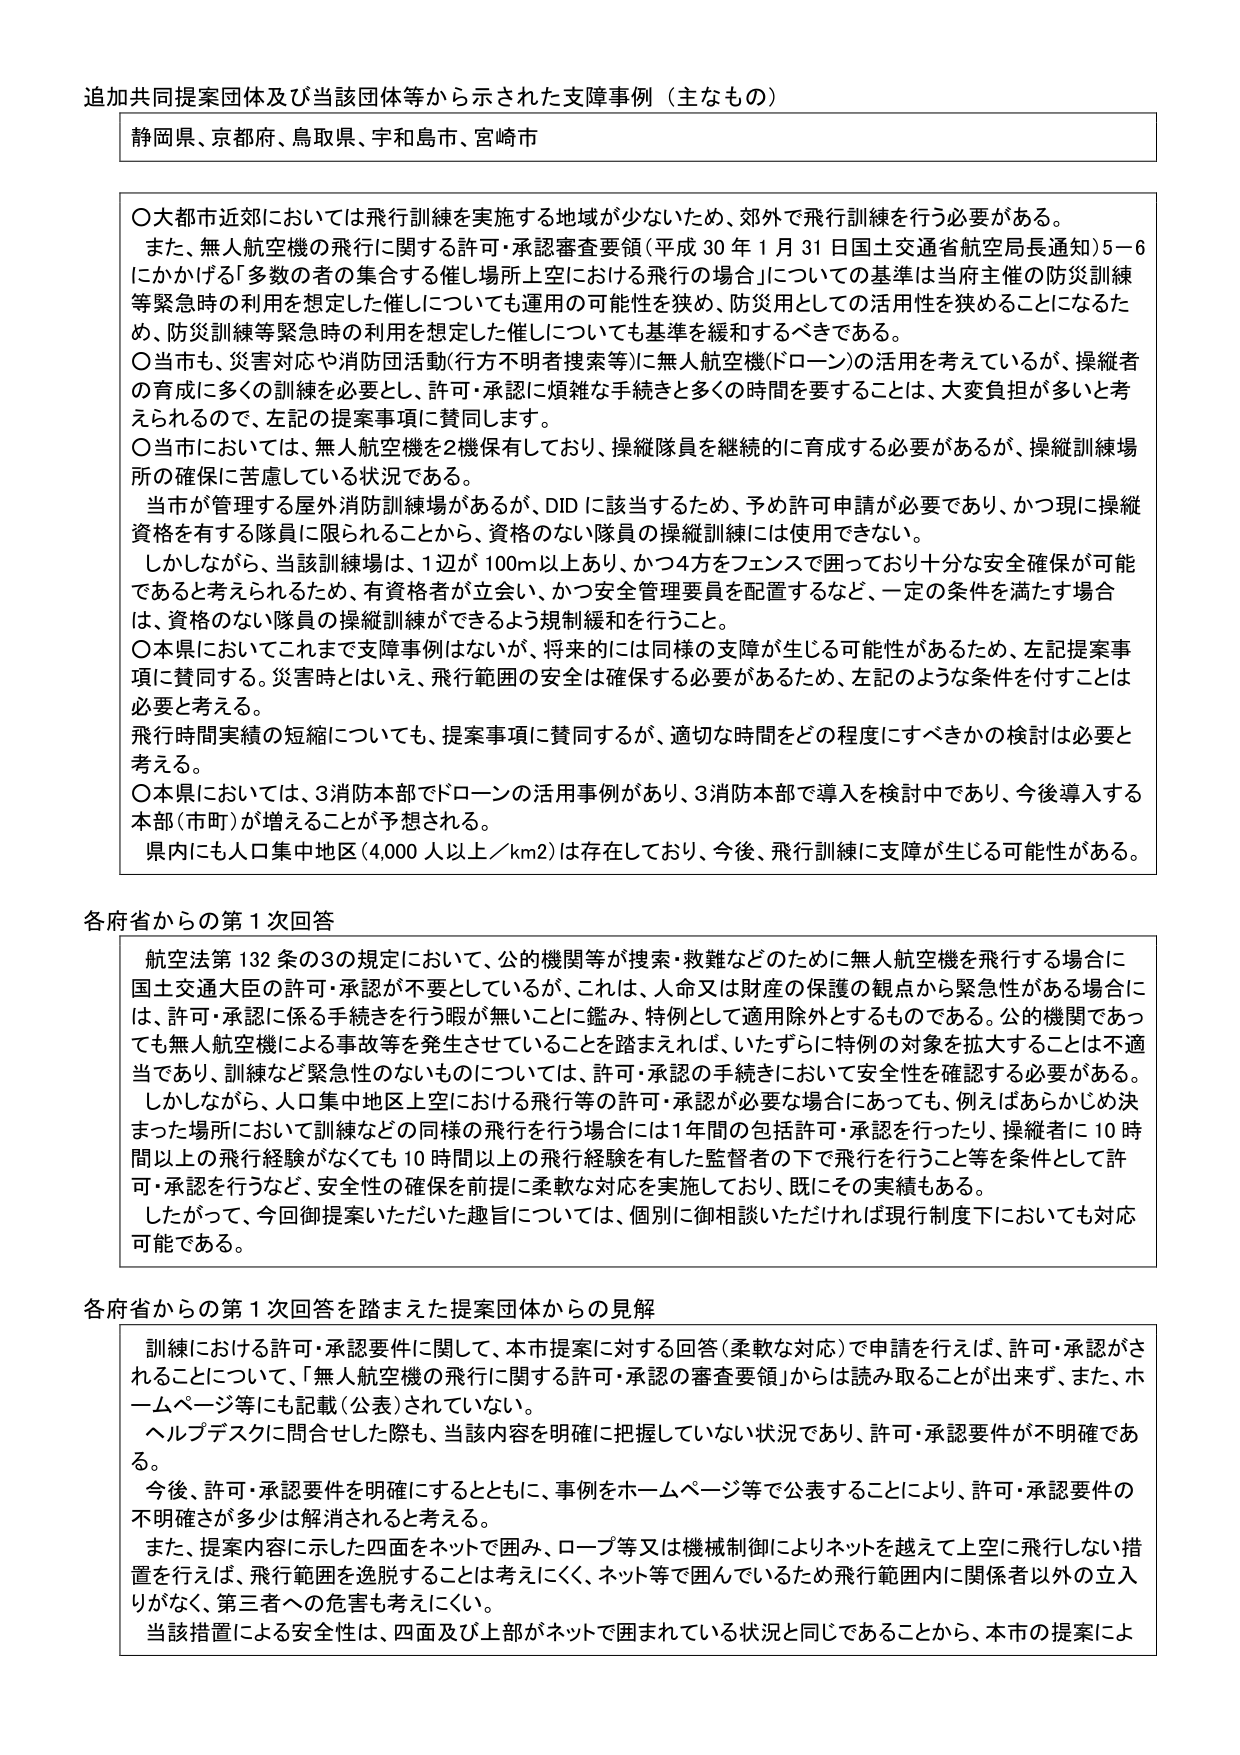
追加共同提案団体及び当該団体等から示された支障事例（主なもの）

静岡県、京都府、鳥取県、宇和島市、宮崎市

〇大都市近郊においては飛行訓練を実施する地域が少ないため、郊外で飛行訓練を行う必要がある。
また、無人航空機の飛行に関する許可・承認審査要領（平成30年1月31日国土交通省航空局長通知）5－6にかかげる「多数の者の集合する催し場所上空における飛行の場合」についての基準は当府主催の防災訓練等緊急時の利用を想定した催しについても運用の可能性を狭め、防災用としての活用性を狭めることになるため、防災訓練等緊急時の利用を想定した催しについても基準を緩和するべきである。
〇当市も、災害対応や消防団活動（行方不明者捜索等）に無人航空機（ドローン）の活用を考えているが、操縦者の育成に多くの訓練を必要とし、許可・承認に煩雑な手続きと多くの時間を要することは、大変負担が多いと考えられるので、左記の提案事項に賛同します。
〇当市においては、無人航空機を2機保有しており、操縦隊員を継続的に育成する必要があるが、操縦訓練場所の確保に苦慮している状況である。
当市が管理する屋外消防訓練場があるが、DIDに該当するため、予め許可申請が必要であり、かつ現に操縦資格を有する隊員に限られることから、資格のない隊員の操縦訓練には使用できない。
しかしながら、当該訓練場は、1辺が100m以上あり、かつ4方をフェンスで囲っており十分な安全確保が可能であると考えられるため、有資格者が立会い、かつ安全管理要員を配置するなど、一定の条件を満たす場合は、資格のない隊員の操縦訓練ができるよう規制緩和を行うこと。
〇本県においてこれまで支障事例はないが、将来的には同様の支障が生じる可能性があるため、左記提案事項に賛同する。災害時とはいえ、飛行範囲の安全は確保する必要があるため、左記のような条件を付すことは必要と考える。
飛行時間実績の短縮についても、提案事項に賛同するが、適切な時間をどの程度にすべきかの検討は必要と考える。
〇本県においては、3消防本部でドローンの活用事例があり、3消防本部で導入を検討中であり、今後導入する本部（市町）が増えることが予想される。
県内にも人口集中地区（4,000人以上／km2）は存在しており、今後、飛行訓練に支障が生じる可能性がある。

各府省からの第1次回答

航空法第132条の3の規定において、公的機関等が捜索・救難などのために無人航空機を飛行する場合に国土交通大臣の許可・承認が不要としているが、これは、人命又は財産の保護の観点から緊急性がある場合には、許可・承認に係る手続きを行う暇が無いことに鑑み、特例として適用除外とするものである。公的機関であっても無人航空機による事故等を発生させていることを踏まえれば、いたずらに特例の対象を拡大することは不適当であり、訓練など緊急性のないものについては、許可・承認の手続きにおいて安全性を確認する必要がある。
しかしながら、人口集中地区上空における飛行等の許可・承認が必要な場合にあっても、例えばあらかじめ決まった場所において訓練などの同様の飛行を行う場合には1年間の包括許可・承認を行ったり、操縦者に10時間以上の飛行経験がなくても10時間以上の飛行経験を有した監督者の下で飛行を行うこと等を条件として許可・承認を行うなど、安全性の確保を前提に柔軟な対応を実施しており、既にその実績もある。
したがって、今回御提案いただいた趣旨については、個別に御相談いただければ現行制度下においても対応可能である。

各府省からの第1次回答を踏まえた提案団体からの見解

訓練における許可・承認要件に関して、本市提案に対する回答（柔軟な対応）で申請を行えば、許可・承認がされることについて、「無人航空機の飛行に関する許可・承認の審査要領」からは読み取ることが出来ず、また、ホームページ等にも記載（公表）されていない。
ヘルプデスクに問合せした際も、当該内容を明確に把握していない状況であり、許可・承認要件が不明確である。
今後、許可・承認要件を明確にするとともに、事例をホームページ等で公表することにより、許可・承認要件の不明確さが多少は解消されると考える。
また、提案内容に示した四面をネットで囲み、ロープ等又は機械制御によりネットを越えて上空に飛行しない措置を行えば、飛行範囲を逸脱することは考えにくく、ネット等で囲んでいるため飛行範囲内に関係者以外の立入りがなく、第三者への危害も考えにくい。
当該措置による安全性は、四面及び上部がネットで囲まれている状況と同じであることから、本市の提案によ